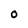
Character: o